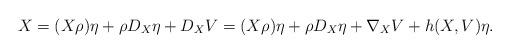
LaTeX: \begin{align*} X = (X\rho)\eta + \rho D_X\eta + D_XV = (X\rho)\eta + \rho D_X\eta + \nabla_XV + h(X,V)\eta.\end{align*}